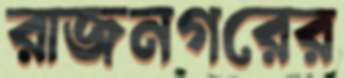
রাজনগরের